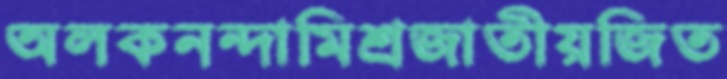
অলকনন্দামিশ্রজাতীয়জিত